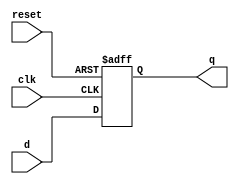
`timescale 1ns / 1ps
//////////////////////////////////////////////////////////////////////////////////
// Company: 
// Engineer: 
// 
// Design Name: 
// Module Name: flopr
// Project Name: 
// Target Devices: 
// Tool Versions: 
// Description: 
// 
// Dependencies: 
// 
// Revision:
// Revision 0.01 - File Created
// Additional Comments:
// 
//////////////////////////////////////////////////////////////////////////////////


module flopr # (parameter WIDTH=8)(
input clk,reset,
input [WIDTH-1:0] d,
output reg [WIDTH-1:0] q
    );
always@(posedge clk,posedge reset)
if (reset) q <= 0;
else q <= d;
endmodule